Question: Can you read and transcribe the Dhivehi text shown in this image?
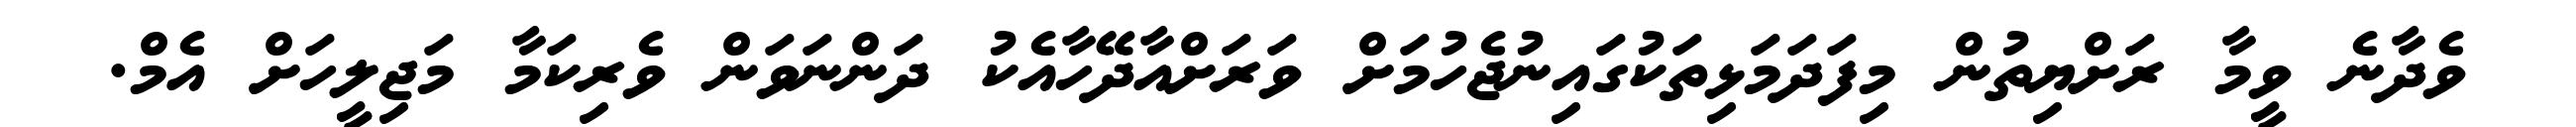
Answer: ވެދާނެ ވީމާ ރަށްޔިތުން މިފަދަމަޅިތަކުގައިނުޖެހުމަށް ވަރަށްއާދޭހާއެކު ދަންނަވަން ވެރިކަމާ މަޖިލީހަށް އެމް.